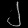
Digit: ၂